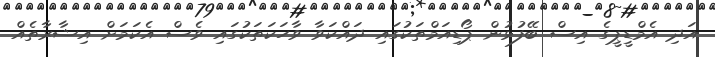
އަދި އެމްޑީޕީގެ އިސް ބޭފުޅުން ޕޯޑިއަމްތަކުގައި ދައްކަވާ ވާހަކަތަކުގައި ވެސް އެކަމަށް އިޝާރާތެއް